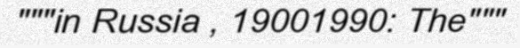
"""in Russia , 19001990: The"""